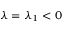
\lambda = \lambda _ { 1 } < 0